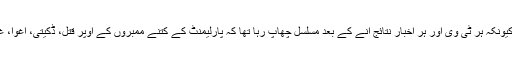
وزیراعظم نے اپنی تقریر میں اس وجہ سے اس مسئلہ پر سب سے زیادہ زور دیا تھا کہ کیونکہ ہر ٹی وی اور ہر اخبار نتائج آنے کے بعد مسلسل چھاپ رہا تھا کہ پارلیمنٹ کے کتنے ممبروں کے اوپر قتل، ڈکیتی، اغوا، غبن، اقدام قتل جیسے سنگین مقدمے زیرسماعت ہیں اور ان میں کتنے کس پارٹی کے ہیں؟